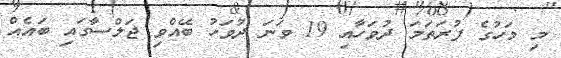
މި މަހުގެ ފުރަތަމަ ދުވަހާއި 19 ވަނަ ދުވަހު ބޭއްވި ޖަލްސާގައި ބައެއް